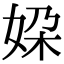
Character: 㛆